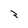
Character: 2